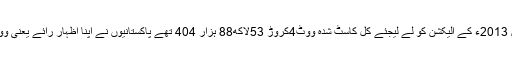
زیادہ دور نہیں 2013ء کے الیکشن کو لے لیجئے کل کاسٹ شدہ ووٹ4کروڑ 53لاکھ88 ہزار 404 تھے پاکستانیوں نے اپنا اظہار رائے یعنی ووٹ کاسٹ کیا ۔